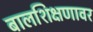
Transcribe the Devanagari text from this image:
बालशिक्षणावर